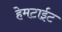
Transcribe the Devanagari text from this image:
हेमटाईट